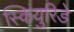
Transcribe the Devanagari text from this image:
स्कियुरिडे